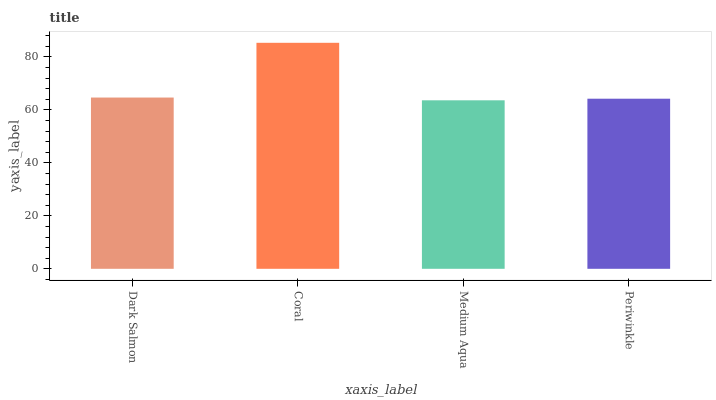
| xaxis_label | bars |
 | --- | --- |
 | Dark Salmon | 64.7 |
 | Coral | 85.3 |
 | Medium Aqua | 63.6 |
 | Periwinkle | 64.2 |